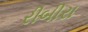
રીબીરા